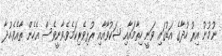
ނުމުނު އިރު ހުދާގެ އަޑުގައި ވަނީ ހިތާމައާއި ޝަކުވާއާއި ރުޅިވެރިކަމެވެ.ވާނީވެސް އެހެން ތާއެވެ.ހުދާ